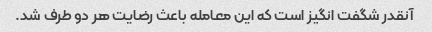
آنقدر شگفت انگیز است که این معامله باعث رضایت هر دو طرف شد.